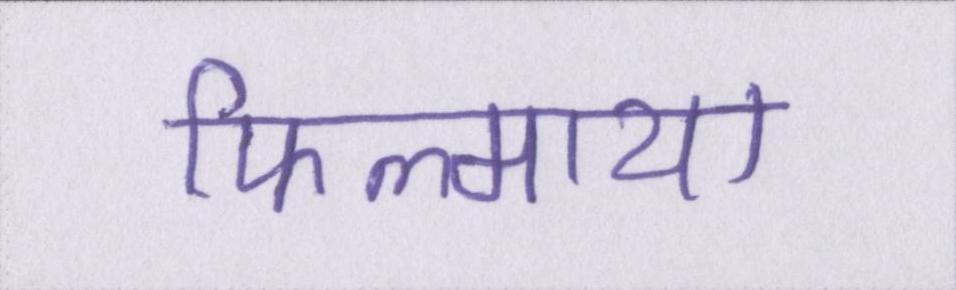
फिल्माया